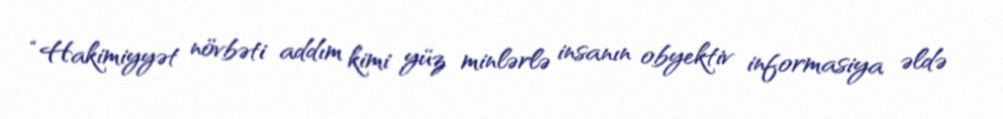
“Hakimiyyət növbəti addım kimi yüz minlərlə insanın obyektiv informasiya əldə